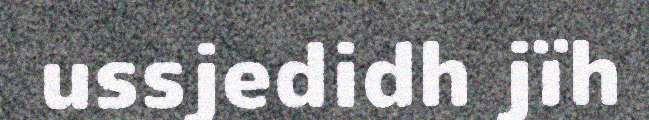
ussjedidh jïh